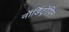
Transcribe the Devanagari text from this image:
नॉर्डिट्रॉपिन